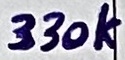
Text: 330k